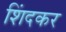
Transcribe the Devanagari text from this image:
शिंदकर